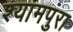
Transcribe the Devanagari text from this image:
श्यामपुरा